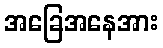
အခြေအနေအား